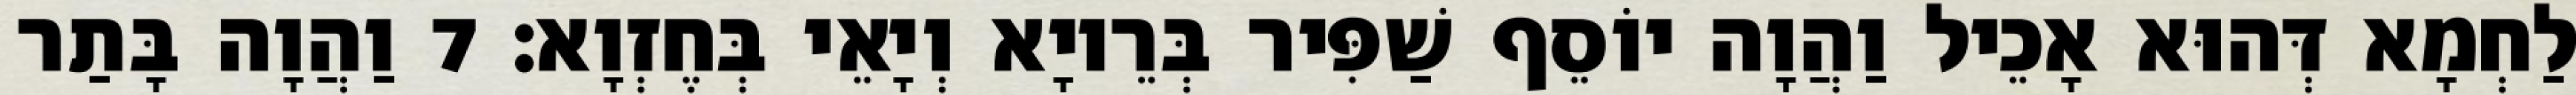
לַחְמָא דְּהוּא אָכֵיל וַהֲוָה יוֹסֵף שַׁפִּיר בְּרֵיוָא וְיָאֵי בְּחֶזְוָא׃ 7 וַהֲוָה בָּתַר